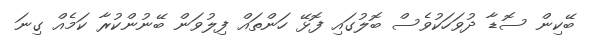
ބޭކިން ސޮޑާ ދުވަހަކުވެސް ބޮލުގައި ފޮޅޭ ހަންތައް ފިލުވަން ބޭނުންކުރާ ކަމެއް ގިނަ